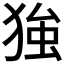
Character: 𱮇